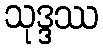
သုဒ္ဒဿ